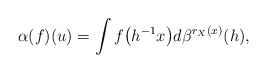
\begin{gather*}\alpha(f)(u)=\int f\big(h^{-1}x\big)d\beta^{r_X(x)}(h),\end{gather*}